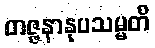
တဇ္ဇနာနုပသမ္မတိ